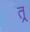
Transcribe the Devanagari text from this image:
त्र्